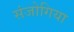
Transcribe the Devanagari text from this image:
संजोगिया